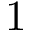
1